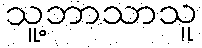
သူ့ဘာသာသူ